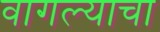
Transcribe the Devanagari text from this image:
वागल्याचा